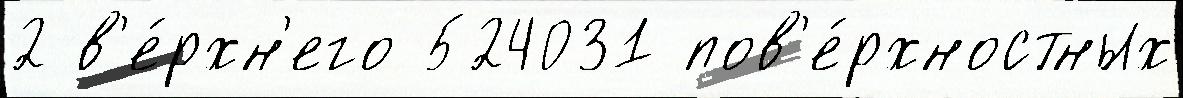
2 в'е́рхн'его 524031 пов'е́рхностных